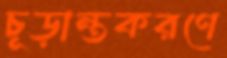
চূড়ান্তকরণে